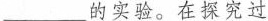
___的实验。在探究过